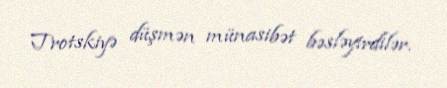
Trotskiyə düşmən münasibət bəsləyirdilər.